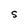
Character: S